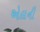
એલની